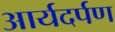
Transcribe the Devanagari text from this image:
आर्यदर्पण